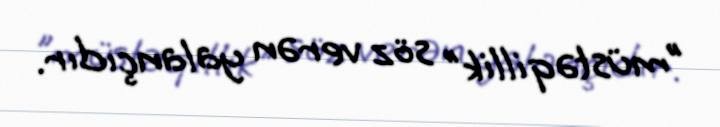
"müstəqillik" söz verən yalançıdır.